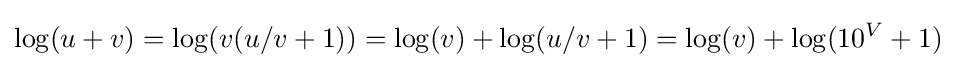
\log(u+v)=\log(v(u/v+1))=\log(v)+\log(u/v+1)=\log(v)+\log(10^{V}+1)